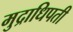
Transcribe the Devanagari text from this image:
मुद्राधिपती